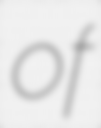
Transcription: of